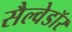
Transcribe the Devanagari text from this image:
सैल्वेडॉर